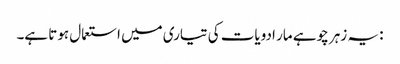
: یہ زہر چوہے مار ادویات کی تیاری میں استعمال ہوتا ہے۔